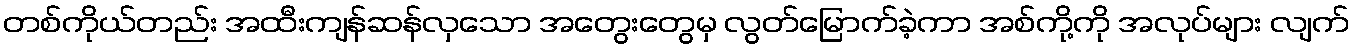
တစ်ကိုယ်တည်း အထီးကျန်ဆန်လှသော အတွေးတွေမှ လွတ်မြောက်ခဲ့ကာ အစ်ကို့ကို အလုပ်များ လျက်